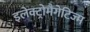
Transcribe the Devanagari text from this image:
इलेक्ट्रोमैगेटिज्म